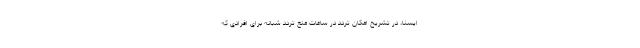
ایسنا، در تشریح امکان تردد در ساعات منع تردد شبانه برای افرادی که